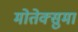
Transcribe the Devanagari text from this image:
मोतेक्सुमा